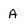
Character: A